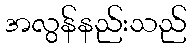
အလွန်နည်းသည်